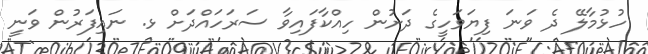
ހުޅުމާލޭ ދެ ވަނަ ފިޔަވަހީގެ ދަށުން ހިއްކާފައިވާ ސަރަހައްދަށް ޅ. ނައިފަރުން ވަނީ